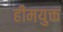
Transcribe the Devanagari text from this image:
हीमयुक्त